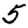
Digit: 5